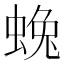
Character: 𮔛